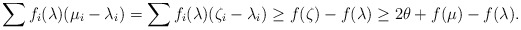
\begin{align*} \sum f_i (\lambda) (\mu_i - \lambda_i) = \sum f_i (\lambda) (\zeta_i - \lambda_i) \geq f (\zeta) - f (\lambda) \geq 2 \theta + f(\mu) - f (\lambda). \end{align*}